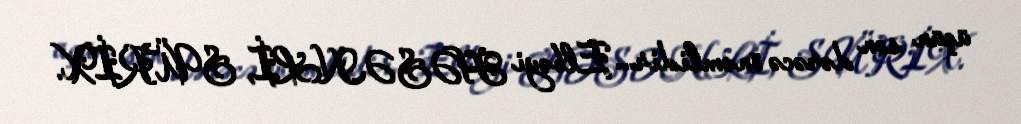
üçün son dərəcə önəmlidir... Elbəyi HƏSƏNLİ, SÜRİX.